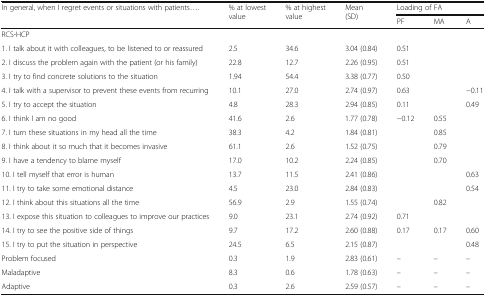
| <ROWSPAN=2> In general, when I regret events or situations with patients.... | <ROWSPAN=2> % at lowest value | <ROWSPAN=2> % at highest value | <ROWSPAN=2> Mean (SD) | <COLSPAN=3> Loading of FA |
 | PF | MA | A |
 | --- | --- | --- | --- | --- | --- | --- |
 | <COLSPAN=7> RCS-HCP |
 | 1. I talk about it with colleagues, to be listened to or reassured | 2.5 | 34.6 | 3.04 (0.84) | 0.51 |  |  |
 | 2. I discuss the problem again with the patient (or his family) | 22.8 | 12.7 | 2.26 (0.95) | 0.51 |  |  |
 | 3. I try to find concrete solutions to the situation | 1.94 | 54.4 | 3.38 (0.77) | 0.50 |  |  |
 | 4. I talk with a supervisor to prevent these events from recurring | 10.1 | 27.0 | 2.74 (0.97) | 0.63 |  | −0.11 |
 | 5. I try to accept the situation | 4.8 | 28.3 | 2.94 (0.85) | 0.11 |  | 0.49 |
 | 6. I think I am no good | 41.6 | 2.6 | 1.77 (0.78) | −0.12 | 0.55 |  |
 | 7. I turn these situations in my head all the time | 38.3 | 4.2 | 1.84 (0.81) |  | 0.85 |  |
 | 8. I think about it so much that it becomes invasive | 61.1 | 2.6 | 1.52 (0.75) |  | 0.79 |  |
 | 9. I have a tendency to blame myself | 17.0 | 10.2 | 2.24 (0.85) |  | 0.70 |  |
 | 10. I tell myself that error is human | 13.7 | 11.5 | 2.41 (0.86) |  |  | 0.63 |
 | 11. I try to take some emotional distance | 4.5 | 23.0 | 2.84 (0.83) |  |  | 0.54 |
 | 12. I think about this situations all the time | 56.9 | 2.9 | 1.55 (0.74) |  | 0.82 |  |
 | 13. I expose this situation to colleagues to improve our practices | 9.0 | 23.1 | 2.74 (0.92) | 0.71 |  |  |
 | 14. I try to see the positive side of things | 9.7 | 17.2 | 2.60 (0.88) | 0.17 | 0.17 | 0.60 |
 | 15. I try to put the situation in perspective | 24.5 | 6.5 | 2.15 (0.87) |  |  | 0.48 |
 | Problem focused | 0.3 | 1.9 | 2.83 (0.61) | – | – | – |
 | Maladaptive | 8.3 | 0.6 | 1.78 (0.63) | – | – | – |
 | Adaptive | 0.3 | 2.6 | 2.59 (0.57) | – | – | – |